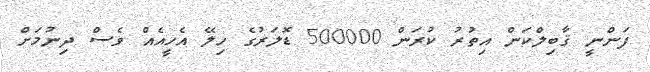
ފަންނީ ޤާބިލްކަން އިތުރު ކުރަން 500000 ޑޮލަރުގެ ހިލޭ އެހީއެއް ވެސް ދިނުމަށް